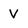
Character: v